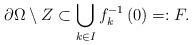
LaTeX: \begin{align*}\partial \Omega \setminus Z\subset \bigcup_{k\in I}f_{k}^{-1}\left( 0\right)=:F. \end{align*}